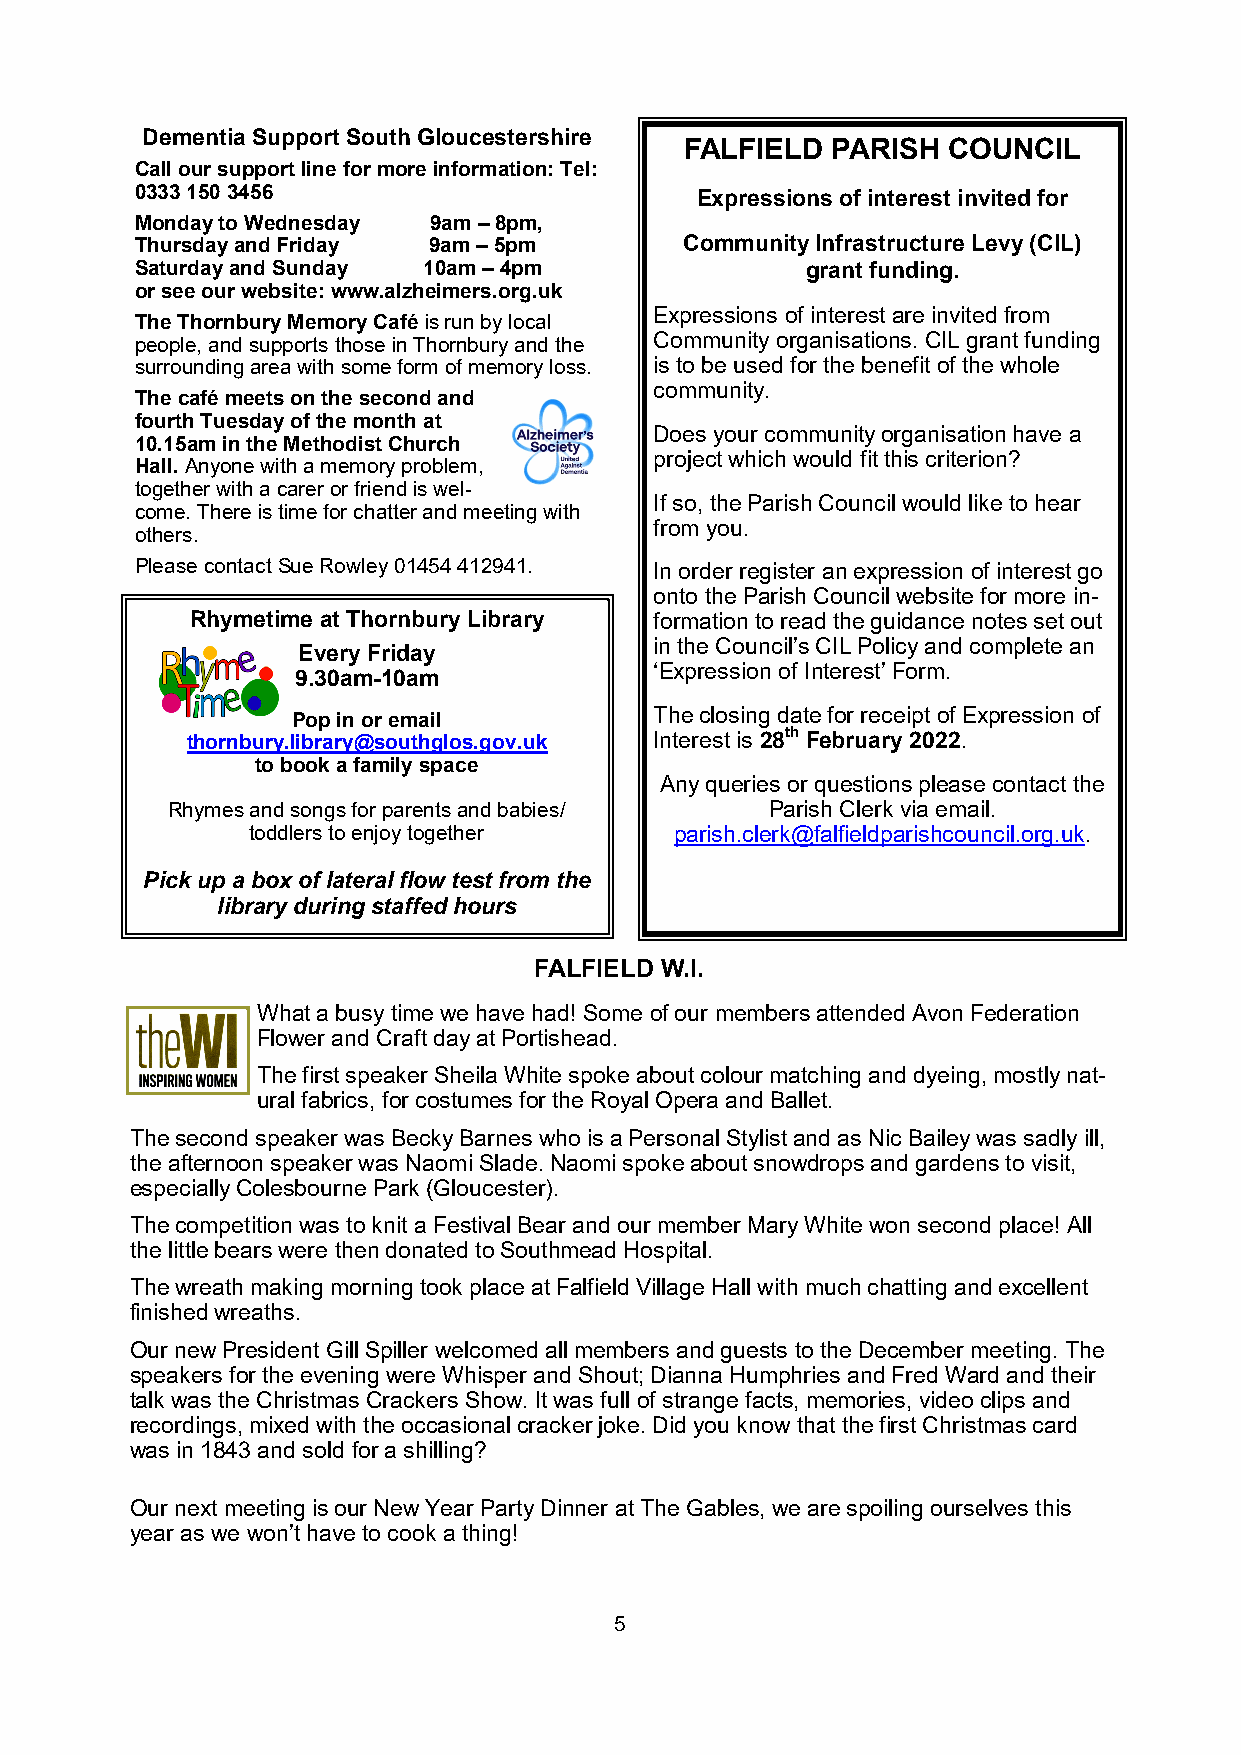
Dementia Support South Gloucestershire
 FALFIELD  PARISH  COUNCIL
 Call our support line for more information: Tel:
 0333 150 3456                        Expressions of interest invited for
 Monday to Wednesday 9am – 8pm,
 Thursday and Friday 9am – 5pm       Community Infrastructure Levy (CIL)
 Saturday and Sunday 10am – 4pm              grant funding.
 or see our website: www.alzheimers.org.uk
 Expressions of interest are invited from
 The Thornbury Memory Café is run by local
 people, and supports those in Thornbury and the Community organisations. CIL grant funding
 surrounding area with some form of memory loss. is to be used for the benefit of the whole
 community.
 The café meets on the second and
 fourth Tuesday of the month at
 Does your community organisation have a
 10.15am in the Methodist Church
 project which would fit this criterion?
 Hall. Anyone with a memory problem,
 together with a carer or friend is wel-
 If so, the Parish Council would like to hear
 come. There is time for chatter and meeting with
 from you.
 others.
 Please contact Sue Rowley 01454 412941. In order register an expression of interest go
 onto the Parish Council website for more in-
 Rhymetime at Thornbury Library formation to read the guidance notes set out
 in the Council’s CIL Policy and complete an
 Every Friday
 ‘Expression of Interest’ Form.
 9.30am-10am
 Pop in o r email        The closing date for receipt of Expression of
 thornbury.library@southglos.gov.uk Interest is 28th February 2022.
 to book a family space
 Any queries or questions please contact the
 Rhymes and songs for parents and babies/ Parish Clerk via email.
 toddlers to enjoy together  parish.clerk@falfieldparishcouncil.org.uk.
 Pick up a box of lateral flow test from the
 library during staffed hours
 FALFIELD W.I.
 What a busy time we have had! Some of our members attended Avon Federation
 Flower and Craft day at Portishead.
 The first speaker Sheila White spoke about colour matching and dyeing, mostly nat-
 ural fabrics, for costumes for the Royal Opera and Ballet.
 The second speaker was Becky Barnes who is a Personal Stylist and as Nic Bailey was sadly ill,
 the afternoon speaker was Naomi Slade. Naomi spoke about snowdrops and gardens to visit,
 especially Colesbourne Park (Gloucester).
 The competition was to knit a Festival Bear and our member Mary White won second place! All
 the little bears were then donated to Southmead Hospital.
 The wreath making morning took place at Falfield Village Hall with much chatting and excellent
 finished wreaths.
 Our new President Gill Spiller welcomed all members and guests to the December meeting. The
 speakers for the evening were Whisper and Shout; Dianna Humphries and Fred Ward and their
 talk was the Christmas Crackers Show. It was full of strange facts, memories, video clips and
 recordings, mixed with the occasional cracker joke. Did you know that the first Christmas card
 was in 1843 and sold for a shilling?
 Our next meeting is our New Year Party Dinner at The Gables, we are spoiling ourselves this
 year as we won’t have to cook a thing!
 5